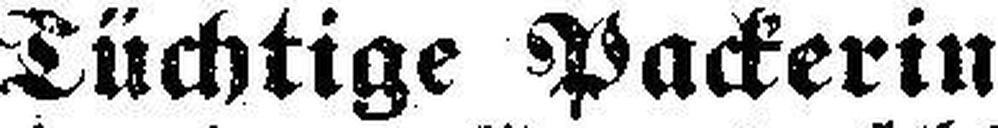
Tüchtige Packerin